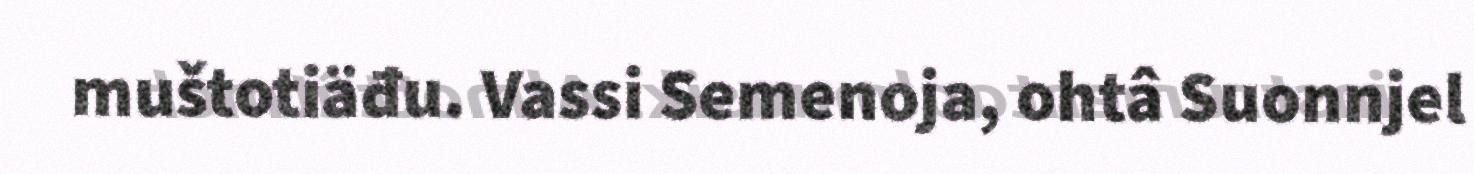
muštotiäđu. Vassi Semenoja, ohtâ Suonnjel